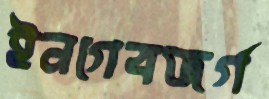
ইনগেবজর্গ